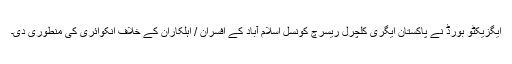
ایگزیکٹو بورڈ نے پاکستان ایگری کلچرل ریسرچ کونسل اسلام آباد کے افسران / اہلکاران کے خلاف انکوائری کی منطوری دی۔